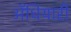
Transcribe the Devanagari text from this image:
अँधियारी